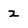
Character: 2